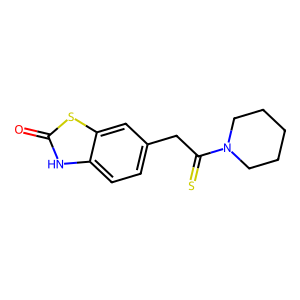
SMILES: O=c1[nH]c2ccc(CC(=S)N3CCCCC3)cc2s1
Inhibits HIV replication: No